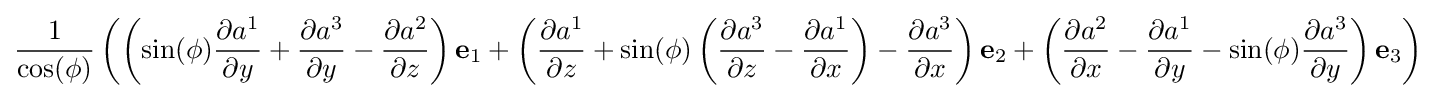
{\frac {1}{\cos(\phi )}}\left(\left(\sin(\phi ){\frac {\partial a^{1}}{\partial y}}+{\frac {\partial a^{3}}{\partial y}}-{\frac {\partial a^{2}}{\partial z}}\right)\mathbf {e} _{1}+\left({\frac {\partial a^{1}}{\partial z}}+\sin(\phi )\left({\frac {\partial a^{3}}{\partial z}}-{\frac {\partial a^{1}}{\partial x}}\right)-{\frac {\partial a^{3}}{\partial x}}\right)\mathbf {e} _{2}+\left({\frac {\partial a^{2}}{\partial x}}-{\frac {\partial a^{1}}{\partial y}}-\sin(\phi ){\frac {\partial a^{3}}{\partial y}}\right)\mathbf {e} _{3}\right)